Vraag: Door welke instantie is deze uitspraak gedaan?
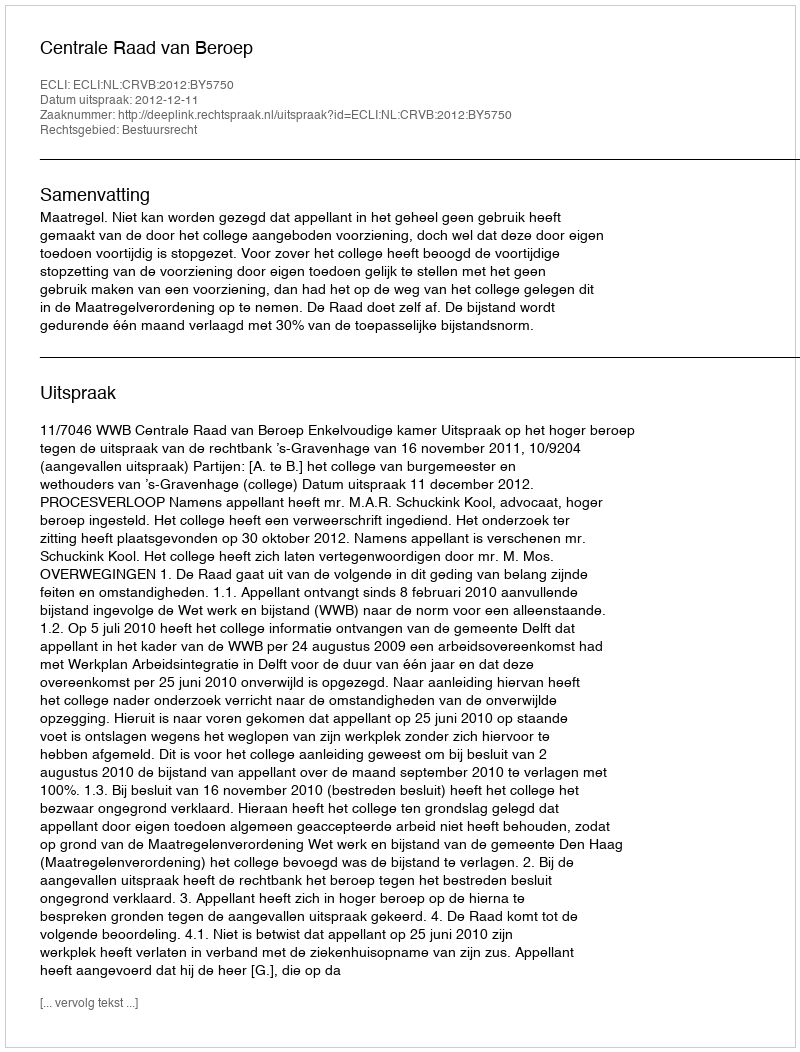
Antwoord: Centrale Raad van Beroep